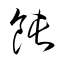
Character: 飩